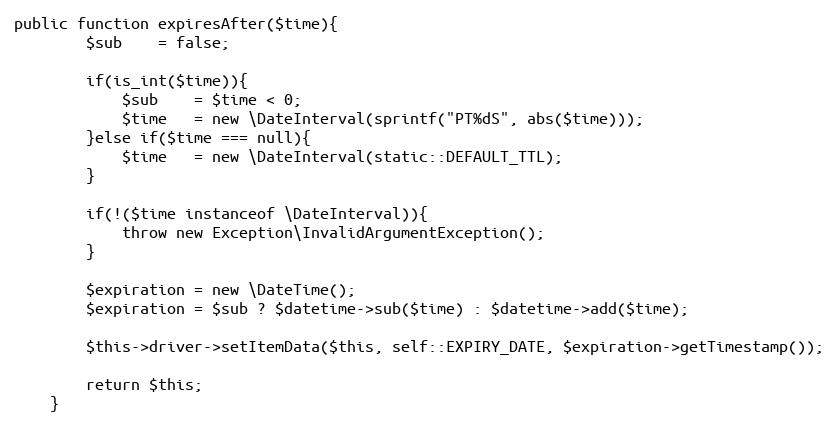
Language: PHP
public function expiresAfter($time){
        $sub    = false;

        if(is_int($time)){
            $sub    = $time < 0;
            $time   = new \DateInterval(sprintf("PT%dS", abs($time)));
        }else if($time === null){
            $time   = new \DateInterval(static::DEFAULT_TTL);
        }

        if(!($time instanceof \DateInterval)){
            throw new Exception\InvalidArgumentException();
        }

        $expiration = new \DateTime();
        $expiration = $sub ? $datetime->sub($time) : $datetime->add($time);

        $this->driver->setItemData($this, self::EXPIRY_DATE, $expiration->getTimestamp());

        return $this;
    }